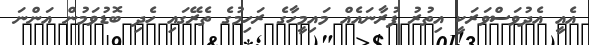
އެއީ އެދުވަސްވަރަކީ އިތުރު ފުރާނައެއް މައިމީހާގެ ރަހިމުގެ ތެރޭގައި ހެދި ބޮޑުވަމުން އަންނަ